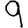
Digit: 9